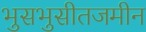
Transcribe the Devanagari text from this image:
भुसभुसीतजमीन